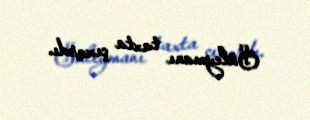
Süleymanı taxta çıxardı.